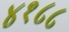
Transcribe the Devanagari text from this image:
४१८८